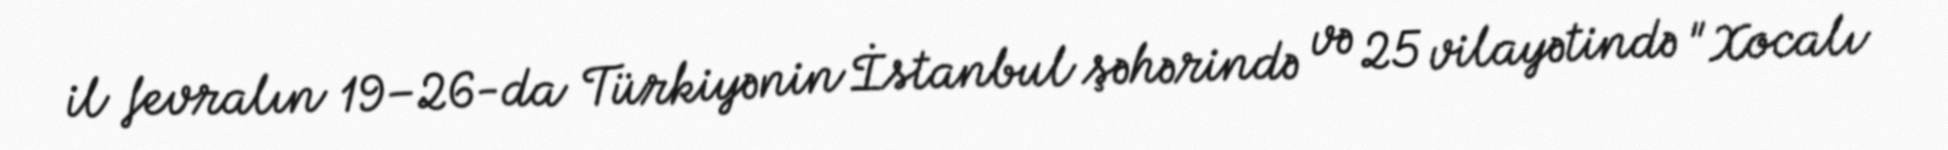
il fevralın 19–26-da Türkiyənin İstanbul şəhərində və 25 vilayətində "Xocalı